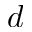
d